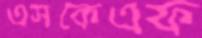
এসকেএফ